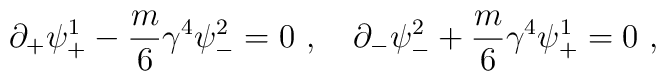
\partial_+ \psi^1_+ - \frac{m}{6} \gamma^4 \psi^2_- = 0 ~,~~~\partial_- \psi^2_- + \frac{m}{6} \gamma^4 \psi^1_+ = 0 ~,